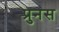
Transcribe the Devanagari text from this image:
प्रुनस